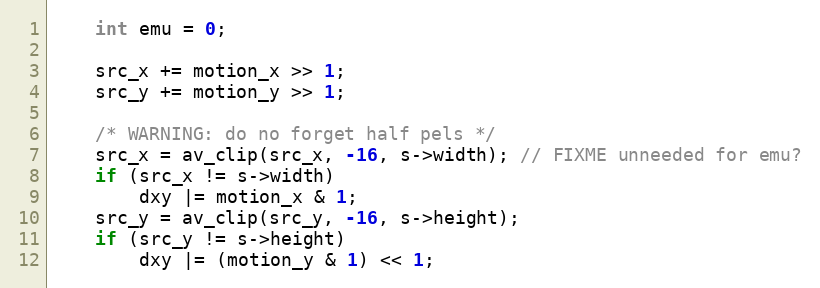
Language: C
    int emu = 0;

    src_x += motion_x >> 1;
    src_y += motion_y >> 1;

    /* WARNING: do no forget half pels */
    src_x = av_clip(src_x, -16, s->width); // FIXME unneeded for emu?
    if (src_x != s->width)
        dxy |= motion_x & 1;
    src_y = av_clip(src_y, -16, s->height);
    if (src_y != s->height)
        dxy |= (motion_y & 1) << 1;